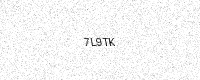
Text: 7L9TK